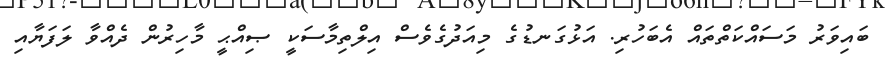
ބައިވަރު މަސައްކަތްތައް އެބަހުރި. އަޅުގަނޑުގެ މިއަދުގެވެސް އިލްތިމާސަކީ ޞިއްޙީ މާހިރުން ދެއްވާ ލަފަޔާއި